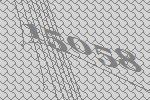
15058